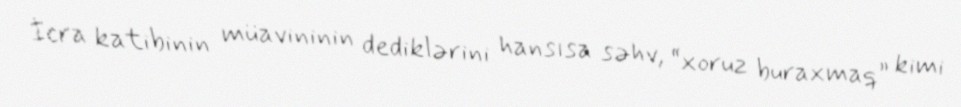
İcra katibinin müavininin dediklərini hansısa səhv, “xoruz buraxmaq” kimi